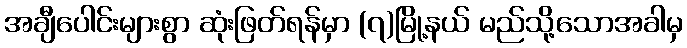
အချီပေါင်းများစွာ ဆုံးဖြတ်ရန်မှာ (၇)မြို့နယ် မည်သို့သောအခါမှ